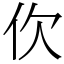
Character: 㐸